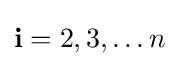
\mathbf {i} =2,3,\dots n